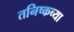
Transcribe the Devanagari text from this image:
तनिष्कच्या